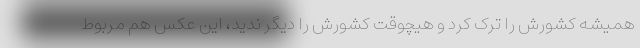
همیشه کشورش را ترک کرد و هیچوقت کشورش را دیگر ندید، این عکس هم مربوط